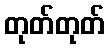
တုတ်တုတ်